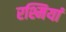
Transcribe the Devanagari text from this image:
रश्मियां